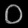
Digit: ၀